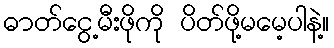
ဓာတ်ငွေ့မီးဖိုကို ပိတ်ဖို့မမေ့ပါနဲ့။